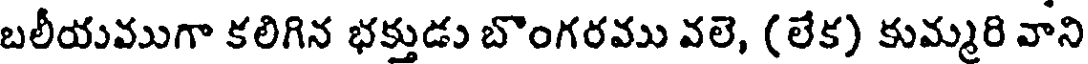
బలీయముగా కలిగిన భక్తుడు బొంగరము వలె, (లేక) కుమ్మరి వాని